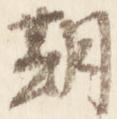
期